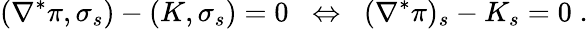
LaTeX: (\nabla^{\ast}\pi,\sigma_{s})-(K,\sigma_{s})=0\; \; \Leftrightarrow\; \; (\nabla^{\ast}\pi)_{s}-K_{s}=0\; .